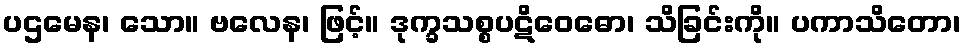
ပဌမေန၊ သော။ ဗလေန၊ ဖြင့်။ ဒုက္ခသစ္စပဋိဝေဓော၊ သိခြင်းကို။ ပကာသိတော၊